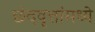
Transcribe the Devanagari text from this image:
छंदवृत्तांमध्ये